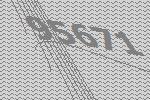
95671